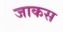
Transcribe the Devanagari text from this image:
जाकस